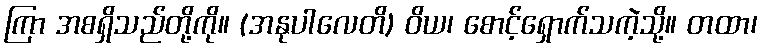
ကြာ အစရှိသည်တို့ကို။ (အနုပါလေတိ) ဝိယ၊ စောင့်ရှောက်သကဲ့သို့။ တထာ၊